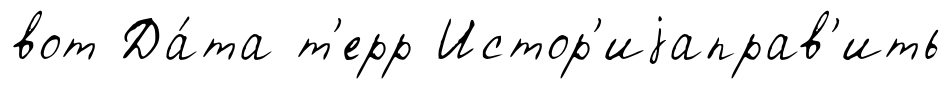
вот Да́та т'ерр Истор'иjаправ'ить